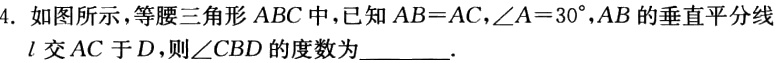
4. 如图所示，等腰三角形 \(ABC\)中，已知\(AB = AC\)，\(\angle A=30^{\circ}\)，\(AB\)的垂直平分线\(l\)交\(AC\)于\(D\)，则\(\angle CBD\)的度数为  ．